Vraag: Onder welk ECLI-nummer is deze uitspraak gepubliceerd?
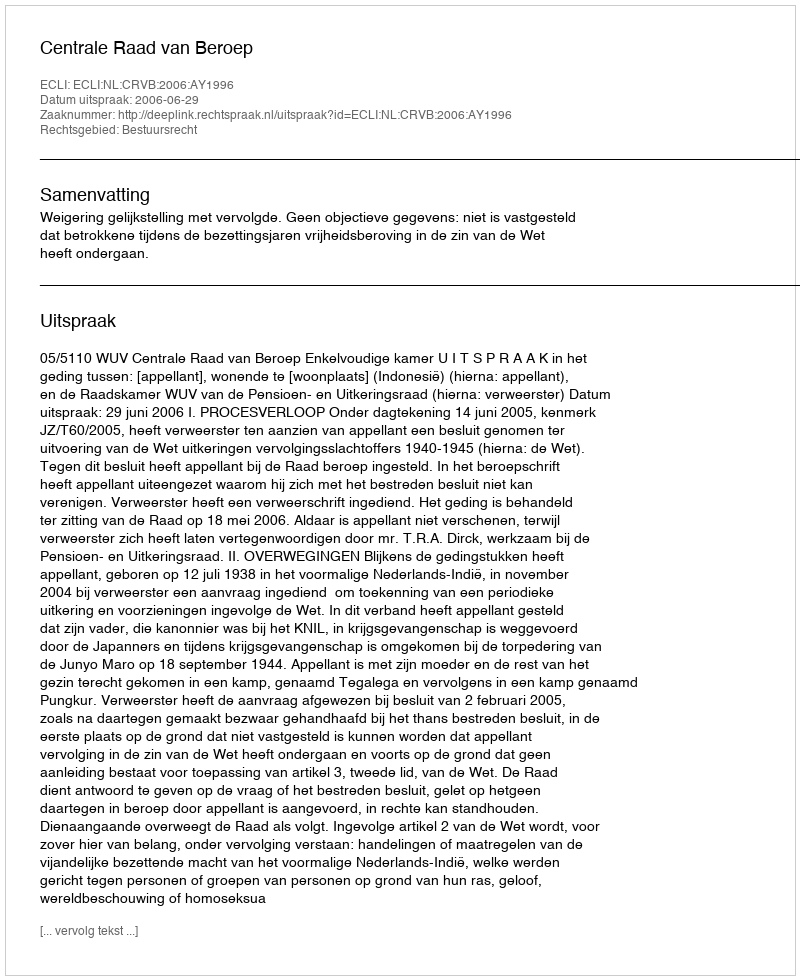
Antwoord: ECLI:NL:CRVB:2006:AY1996